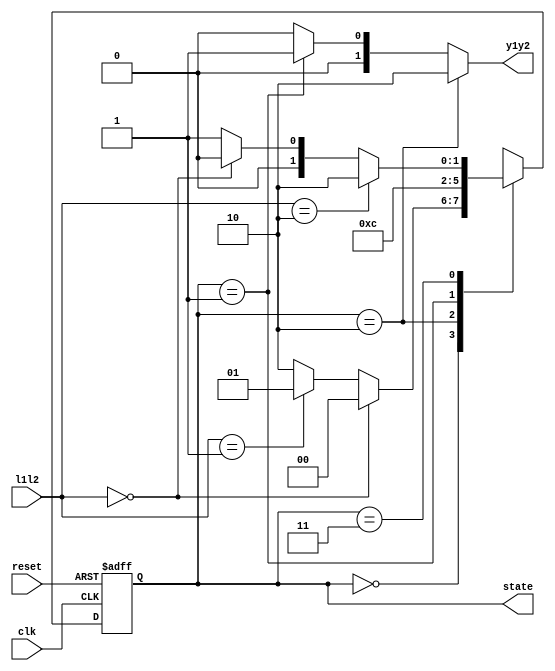
`timescale 1ns / 1ps
//////////////////////////////////////////////////////////////////////////////////
// Company: 
// Engineer: 
// 
// Design Name: 
// Module Name:    TrafficLightControl 
// Project Name: 
// Target Devices: 
// Tool versions: 
// Description: 
//
// Dependencies: 
//
// Revision: 
// Revision 0.01 - File Created
// Additional Comments: 
//
//////////////////////////////////////////////////////////////////////////////////
 module TrafficLightControl(y1y2, clk, reset, state, l1l2
	);
	input	clk, reset;
	input [1:0] l1l2;

	output reg[1:0] state;
	output reg[1:0] y1y2;


	// state encoding
	parameter S0=2'b00, S1=2'b10, S2=2'b01, S3=2'b11;

	// register and logic 
	always @(posedge clk or posedge reset)
	begin
	if (reset == 1'b1)
		state <= S0;
	else
		case (state)
		S0: if ( l1l2 == 2'b00 ) 
				state <= S0;
			 else if( l1l2 == 2'b01 )
				state <= S2;
			 else
				state <= S1;
		S1: state <= S3;
		S2: state <= S0;
		S3: 
			if ( l1l2 == 2'b10 )
				state <= S1;
			else if ( l1l2 == 2'b00 )
				state <= S0;
			else 
				state <= S2;
		default: state <= S0;
		endcase
	end
	

	
	always @(*) begin

	if( state == S1)
		y1y2 <= 2'b10;
	else if( state == S2)
		y1y2 <= 2'b01;
	else
		y1y2 <= 2'b00;
	end
	
endmodule